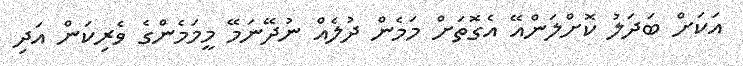
އަކަށް ބަދަލު ކޮށްލަންއޭ އެގޮތަށް މަމެން ދުލެއް ނުދޭނަމޭ މީމަމެންގެ ވެރިކަން އަދި